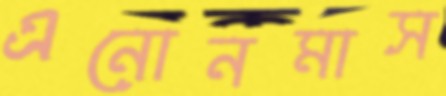
এনোনমাস